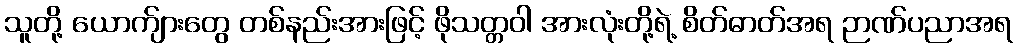
သူတို့ ယောက်ျားတွေ တစ်နည်းအားဖြင့် ဖိုသတ္တဝါ အားလုံးတို့ရဲ့ စိတ်ဓာတ်အရ ဉာဏ်ပညာအရ